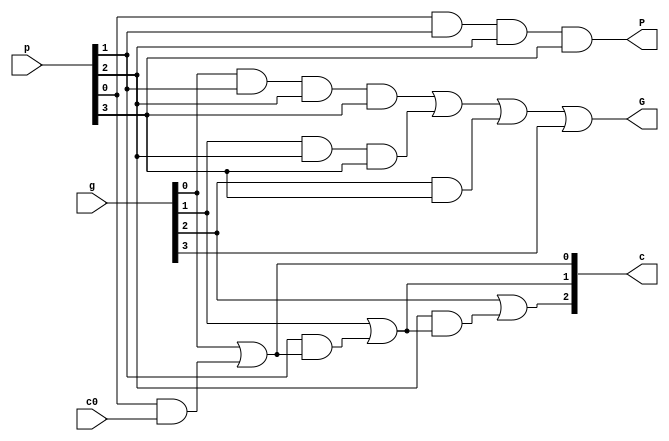
module lookahead_generator(
    input wire [3:0] p,g,
    input wire c0,

    output wire P,G,
    output [3:1] c
);

assign c[1] = g[0] | (p[0]&c0);
assign c[2] = g[1] | (p[1]&c[1]);
assign c[3] = g[2] | (p[2]&c[2]);

assign P = p[0]&p[1]&p[2]&p[3];
assign G = 
    (g[0]&p[1]&p[2]&p[3]) |
    (g[1]&p[2]&p[3]) |
    (g[2]&p[3]) |
    (g[3]);

endmodule